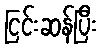
ငြင်းဆန်ပြီး